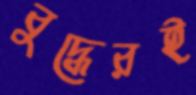
বুদ্ধেরই